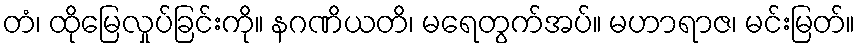
တံ၊ ထိုမြေလှုပ်ခြင်းကို။ နဂဏိယတိ၊ မရေတွက်အပ်။ မဟာရာဇ၊ မင်းမြတ်။